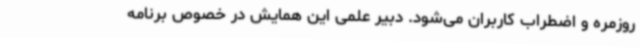
روزمره و اضطراب کاربران می‌شود. دبیر علمی این همایش در خصوص برنامه